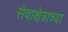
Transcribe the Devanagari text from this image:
सेवाक्षेत्राच्या